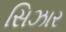
સિઝાર